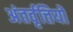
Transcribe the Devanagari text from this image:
अंतर्वृत्तियों